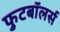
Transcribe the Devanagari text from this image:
फुटबॉलर्स